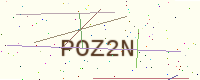
Text: POZ2N